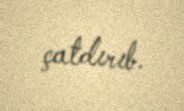
çatdırıb.